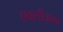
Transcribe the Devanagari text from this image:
एक्सीआन